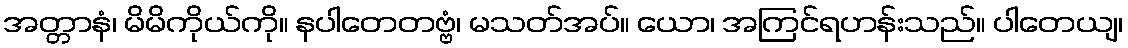
အတ္တာနံ၊ မိမိကိုယ်ကို။ နပါတေတဗ္ဗံ၊ မသတ်အပ်။ ယော၊ အကြင်ရဟန်းသည်။ ပါတေယျ၊